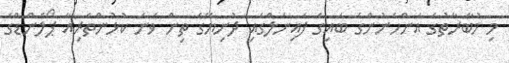
މި މުބާރާތުގެ އަންހެނުންގެ ބައިގެ ފައިނަލްގައި ދުނިޔޭގެ ތިން ވަނަ ކުޅުންތެރިއާ ޕޯލެންޑްގެ